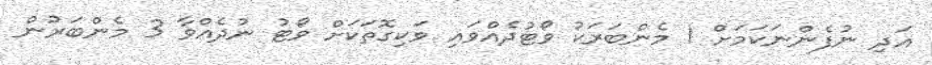
އަދި ނުފެންނަކަމަށްް 1 މެންބަރަކު ވޯޓުދެއްވައި ވަކިގޮތަކަށް ވޯޓު ނުދެއްވާ 3 މެންބަރުން